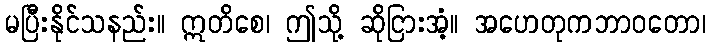
မပြီးနိုင်သနည်း။ ဣတိစေ၊ ဤသို့ ဆိုငြားအံ့။ အဟေတုကဘာဝတော၊